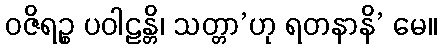
ဝဇိရဉ္စ ပဝါဠန္တိ၊ သတ္တာ’ဟု ရတနာနိ’ မေ။